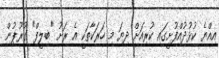
އިއްޔެ ކުޅުދުއްފުށީގައި ކުރިއަށް ދިޔަ މި ހަރަކާތަކީ އެ ރަށު "ބިލީފް" ގުރޫޕުން